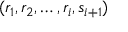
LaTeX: ( r _ { 1 } , r _ { 2 } , \dots , r _ { i } , s _ { i + 1 } )